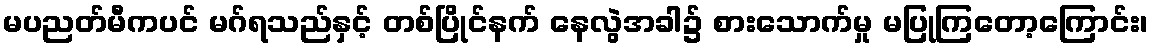
မပညတ်မီကပင် မဂ်ရသည်နှင့် တစ်ပြိုင်နက် နေလွဲအခါ၌ စားသောက်မှု မပြုကြတော့ကြောင်း၊